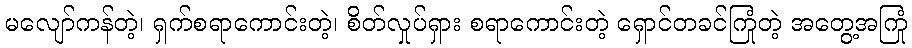
မလျော်ကန်တဲ့၊ ရှက်စရာကောင်းတဲ့၊ စိတ်လှုပ်ရှား စရာကောင်းတဲ့ ရှောင်တခင်ကြုံတဲ့ အတွေ့အကြုံ